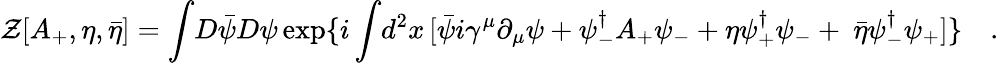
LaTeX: \mathcal{Z}[A_{+},\eta,{\bar{{\eta}}}]=\int\! D\bar{{\psi}}D\psi\exp\{ i\int\! d^{2}x\, [\bar{{\psi}}i\gamma^{\mu}\partial_{\mu}\psi+\psi_{-}^{\dagger}A_{+}\psi_{-}+\eta\psi_{+}^{\dagger}\psi_{-}+{\ \bar{{\eta}}}\psi_{-}^{\dagger}\psi_{+}]\} \quad.